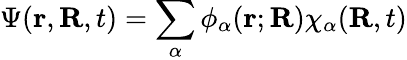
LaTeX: \Psi(\mathbf r,\mathbf R,t)=\sum_{\alpha}{\phi_{\alpha}(\mathbf r;\mathbf R)}\chi_{\alpha}(\mathbf R,t)